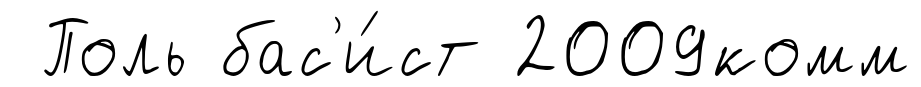
Поль бас'и́ст 2009комм